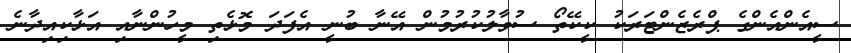
ސީއެންއެންގެ ޕްރެޒެންޓަރަކު ކީކޭތޯ ސުވާލުކުރުމުން އޭނާ ބުނީ އެފަދަ މޮޅެތި މީހުންނާއި އަޅާކިއިދާނެ